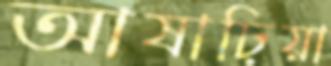
আষাঢ়িয়া